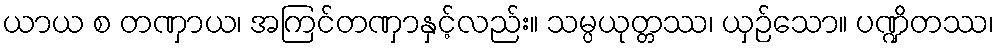
ယာယ စ တဏှာယ၊ အကြင်တဏှာနှင့်လည်း။ သမ္ပယုတ္တဿ၊ ယှဉ်သော။ ပဏ္ဍိတဿ၊